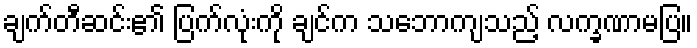
ချက်တီဆင်း၏ ပြက်လုံးကို ချင်က သဘောကျသည့် လက္ခဏာမပြ။